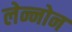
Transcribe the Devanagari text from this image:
लेन्नोन